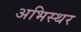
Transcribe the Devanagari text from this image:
अभिस्थर